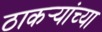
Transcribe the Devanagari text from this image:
ठाकर्‍यांच्या